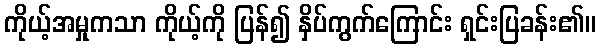
ကိုယ့်အမှုကသာ ကိုယ့်ကို ပြန်၍ နှိပ်ကွက်ကြောင်း ရှင်းပြခန်း၏။